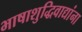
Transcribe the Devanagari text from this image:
भाषाशुद्धिवाद्यांना